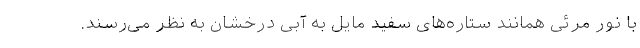
با نور مرئی همانند ستاره‌های سفید مایل به آبی درخشان به نظر می‌رسند.